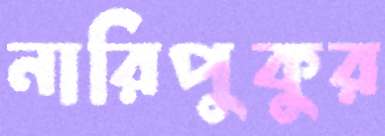
নারিপুকুর